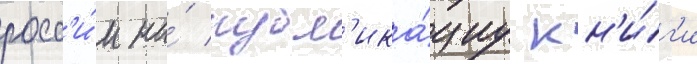
росс'и́и на́ публ'ика́циу кн'и́г'и